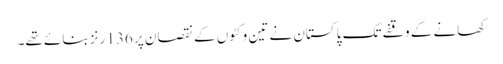
کھانے کے وقفے تک پاکستان نے تین وکٹوں کے نقصان پر 136 رنز بنائے تھے۔